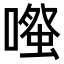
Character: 𫫱